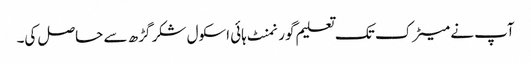
آپ نے میٹرک تک تعلیم گورنمنٹ ہائی اسکول شکر گڑھ سے حاصل کی۔